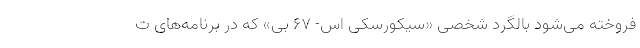
فروخته می‌شود بالگرد شخصی «سیکورسکی اس- ۶۷ بی» که در برنامه‌های ت